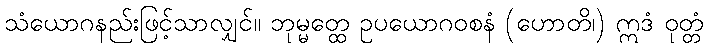
သံယောဂနည်းဖြင့်သာလျှင်။ ဘုမ္မတ္ထေ ဥပယောဂဝစနံ (ဟောတိ၊) ဣဒံ ဝုတ္တံ